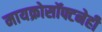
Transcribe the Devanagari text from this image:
मायक्रोसॉफ्टनेही